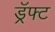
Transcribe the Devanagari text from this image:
ड्रॅफ्ट